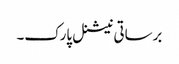
برساتی نیشنل پارک۔